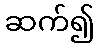
ဆက်၍